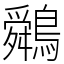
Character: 䴄